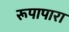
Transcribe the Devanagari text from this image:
रूपापारा